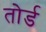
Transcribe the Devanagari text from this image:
तोर्ड